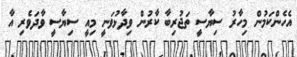
އެހެންކަމުން މިހާރު ސިޔާސީ ތަޖުރިބާ ކާރުން ވިދާޅުވަނީ މިއީ ސިޔާސީ ވާދަވެރި އާ